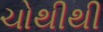
ચોથીથી